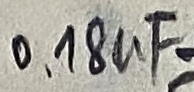
Text: 0,18uF